Plague in India, 1896, 1897 - Volume 2
Year: 1896
Disease focus: Plague
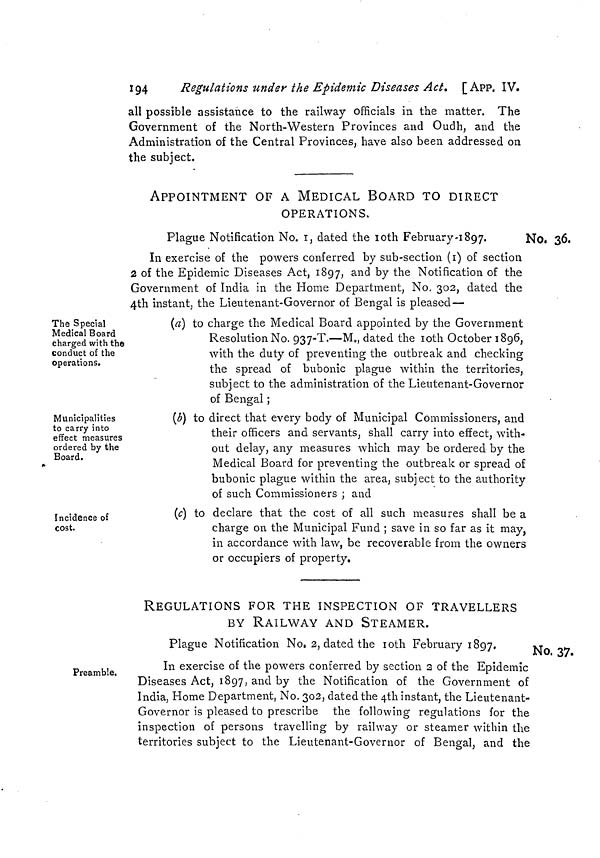
194
Regulations under the Epidemic Diseases Act. [App. IV.
all possible assistance to the railway officials in the matter. The
Government of the North-Western Provinces and Oudh, and the
Administration of the Central Provinces, have also been addressed on
the subject.
APPOINTMENT OF A MEDICAL BOARD TO DIRECT
OPERATIONS,
No, 36.
Plague Notification No. 1, dated the 10th February -1897.
In exercise of the powers conferred by sub-section (1) of section
2 of the Epidemic Diseases Act, 1897, and by the Notification of the
Government of India in the Home Department, No, 302, dated the
4th instant, the Lieutenant-Governor of Bengal is pleased—
The Special
Medical Board
charged with the
conduct of the
operations.
(a) to charge the Medical Board appointed by the Government
Resolution No. 937-T.—M., dated the 10th October 1896,
with the duty of preventing the outbreak and checking
the spread of bubonic plague within the territories,
subject to the administration of the Lieutenant-Governor
of Bengal ;
Municipalities
to carry into
effect measures
ordered by the
Board.
(b) to direct that every body of Municipal Commissioners, and
their officers and servants, shall carry into effect, with-
out delay, any measures which may be ordered by the
Medical Board for preventing the outbreak or spread of
bubonic plague within the area, subject to the authority
of such Commissioners ; and
Incidence of
cost.
(c) to declare that the cost of all such measures shall be a
charge on the Municipal Fund ; save in so far as it may,
in accordance with law, be recoverable from the owners
or occupiers of property.
REGULATIONS FOR THE INSPECTION OF TRAVELLERS
BY RAILWAY AND STEAMER.
No. 37.
Plague Notification No, 2, dated the 10th February 1897.
Preamble.
In exercise of the powers conferred by section 2 of the Epidemic
Diseases Act, 1897, and by the Notification of the Government of
India, Home Department, No. 302, dated the 4th instant, the Lieutenant-
Governor is pleased to prescribe the following regulations for the
inspection of persons travelling by railway or steamer within the
territories subject to the Lieutenant-Governor of Bengal, and the